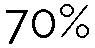
70%